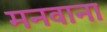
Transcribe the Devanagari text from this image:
मनवाना